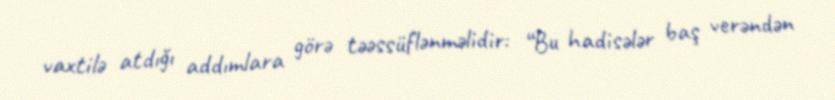
vaxtilə atdığı addımlara görə təəssüflənməlidir: “Bu hadisələr baş verəndən